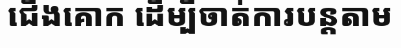
ជើងគោក ដើម្បីចាត់ការបន្តតាម